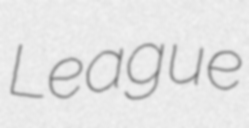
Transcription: League